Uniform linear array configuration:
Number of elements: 48
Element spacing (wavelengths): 1
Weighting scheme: kaiser
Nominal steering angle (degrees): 60
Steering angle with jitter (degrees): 59.363
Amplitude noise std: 0.05
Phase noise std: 0.05

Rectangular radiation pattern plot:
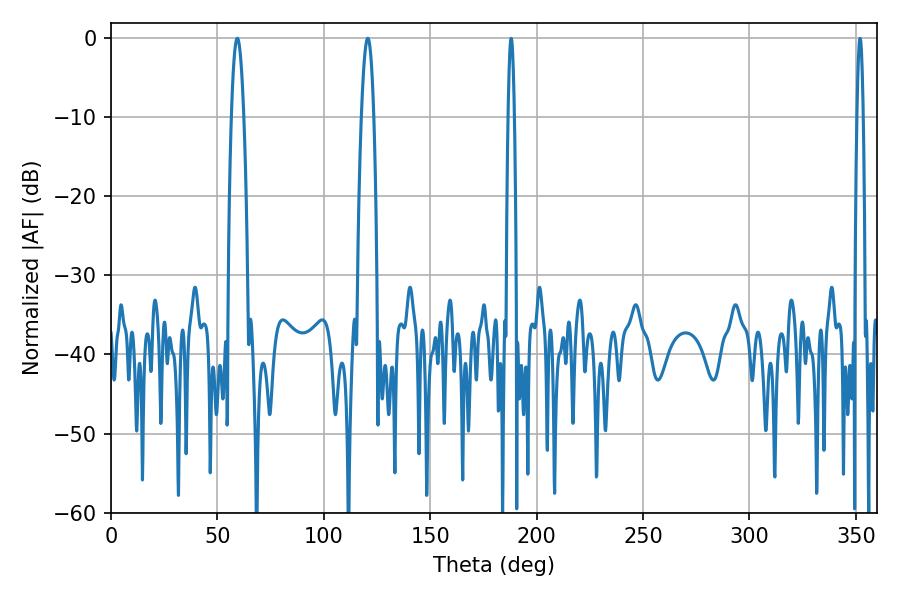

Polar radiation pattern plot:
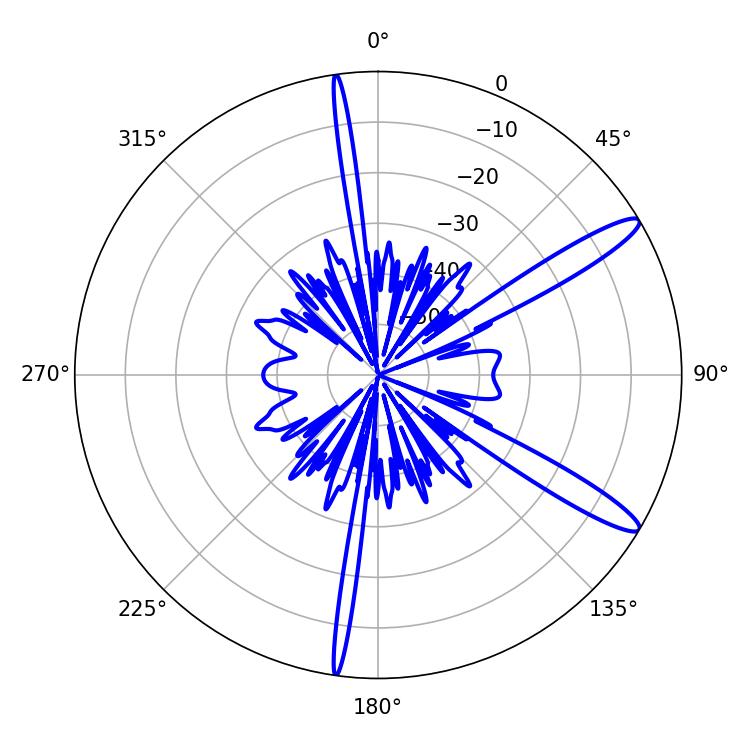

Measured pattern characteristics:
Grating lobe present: TRUE
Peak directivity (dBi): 13.18
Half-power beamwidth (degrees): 3.24
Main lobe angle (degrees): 59.4